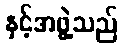
နှင့်အဖွဲ့သည်